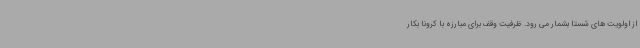
از اولویت های شستا بشمار می رود. ظرفیت وقف برای مبارزه با کرونا بکار